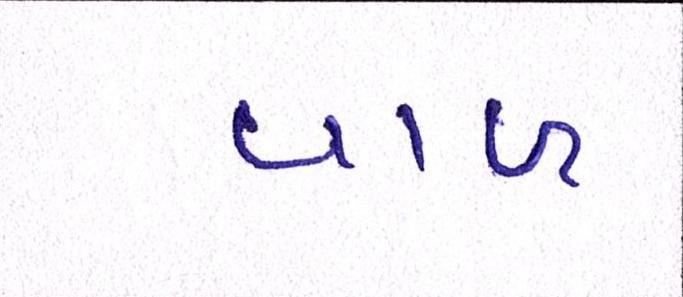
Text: વાળ